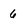
Character: 6